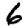
Digit: 6